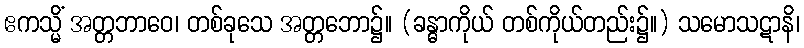
ဧကသ္မိံ အတ္တဘာဝေ၊ တစ်ခုသေ အတ္တဘော၌။ (ခန္ဓာကိုယ် တစ်ကိုယ်တည်း၌။) သမောသဋာနိ၊